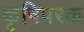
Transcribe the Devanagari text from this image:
कृषिपरक